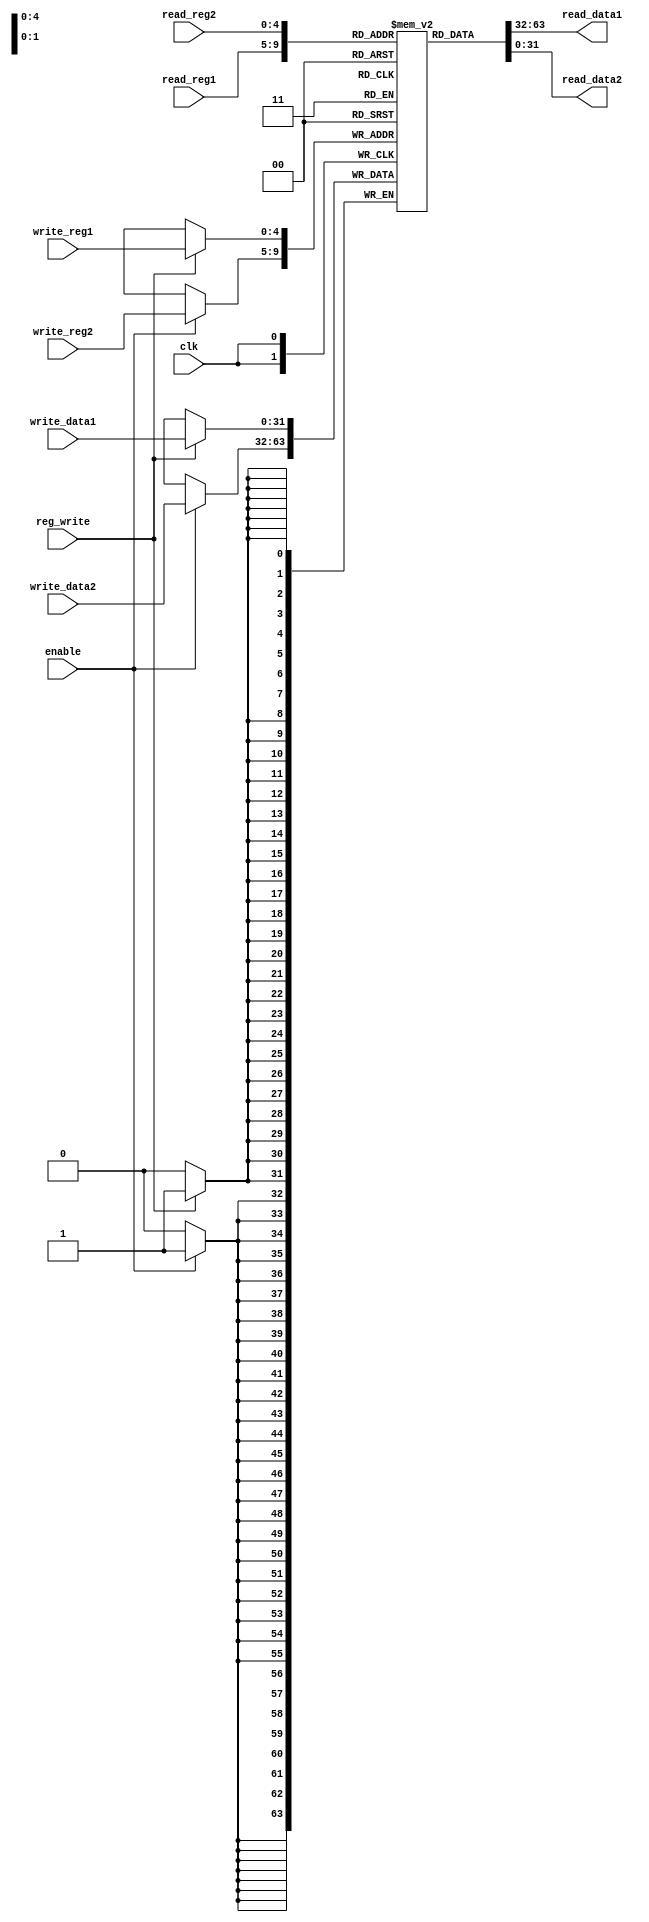
module register_block(read_data1,read_data2,read_reg1,read_reg2,write_reg1,
								write_reg2,write_data1,write_data2,enable,reg_write,clk);

//by convention, I wrote first outputs then inputs.
output reg [31:0] read_data1,read_data2;
input [31:0] write_data1,write_data2;
input [4:0] read_reg1,read_reg2,write_reg1,write_reg2;
input enable,reg_write,clk;

reg [31:0] registers [31:0];//from draft(register array)

//No file operation here, it will be in testbench.
//first get data from read registers while cyle is done

//read always from register not just posedge or negedge clock.
always @(*) 
begin
	read_data1 <= registers[read_reg1];
	read_data2 <= registers[read_reg2];
end

//write to register only end of cyle(negedge) as convention.
always @(negedge clk) 
begin
	//second check reg write signal and write
	if (reg_write)
		begin
		registers[write_reg1] <= write_data1;
		end
	//third check enable signal and write
	if (enable)
		begin
		registers[write_reg2] <= write_data2;
		end
	
end
endmodule